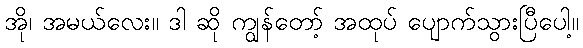
အို၊ အမယ်လေး။ ဒါ ဆို ကျွန်တော့် အထုပ် ပျောက်သွားပြီပေါ့။